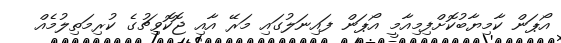
އޯޕަން ކާމިޔާބުކޮށްފިމިއާމީ އޯޕަން ފައިނަލުގައި މަރޭ އާއި ޖޮކޮވިޗުގެ ކުރިމަތިލުމެއް